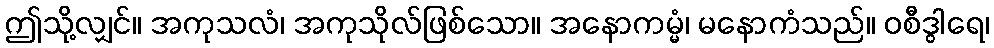
ဤသို့လျှင်။ အကုသလံ၊ အကုသိုလ်ဖြစ်သော။ အနောကမ္မံ၊ မနောကံသည်။ ဝစီဒွါရေ၊